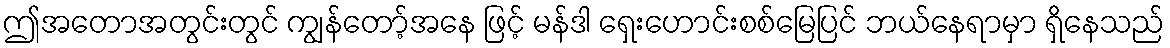
ဤအတောအတွင်းတွင် ကျွန်တော့်အနေ ဖြင့် မန်ဒါ ရှေးဟောင်းစစ်မြေပြင် ဘယ်နေရာမှာ ရှိနေသည်